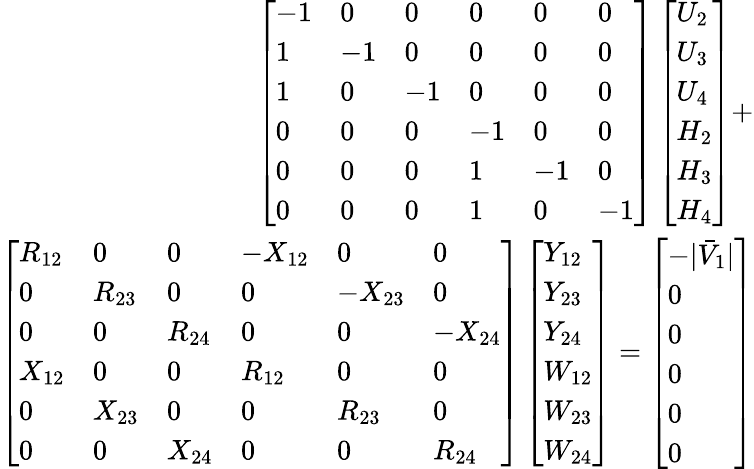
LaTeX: \begin{array}{r}{\left[\begin{array}{llllll}{-1}&{0}&{0}&{0}&{0}&{0}\\ {1}&{-1}&{0}&{0}&{0}&{0}\\ {1}&{0}&{-1}&{0}&{0}&{0}\\ {0}&{0}&{0}&{-1}&{0}&{0}\\ {0}&{0}&{0}&{1}&{-1}&{0}\\ {0}&{0}&{0}&{1}&{0}&{-1}\end{array}\right]\left[\begin{array}{l}{U_{2}}\\ {U_{3}}\\ {U_{4}}\\ {H_{2}}\\ {H_{3}}\\ {H_{4}}\end{array}\right]+}\\ {\left[\begin{array}{llllll}{R_{12}}&{0}&{0}&{-X_{12}}&{0}&{0}\\ {0}&{R_{23}}&{0}&{0}&{-X_{23}}&{0}\\ {0}&{0}&{R_{24}}&{0}&{0}&{-X_{24}}\\ {X_{12}}&{0}&{0}&{R_{12}}&{0}&{0}\\ {0}&{X_{23}}&{0}&{0}&{R_{23}}&{0}\\ {0}&{0}&{X_{24}}&{0}&{0}&{R_{24}}\end{array}\right]\left[\begin{array}{l}{Y_{12}}\\ {Y_{23}}\\ {Y_{24}}\\ {W_{12}}\\ {W_{23}}\\ {W_{24}}\end{array}\right]=\left[\begin{array}{l}{-|\bar{V}_{1}|}\\ {0}\\ {0}\\ {0}\\ {0}\\ {0}\end{array}\right]}\end{array}